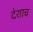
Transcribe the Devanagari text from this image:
देशाच